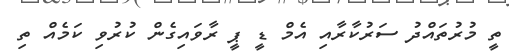
ތީ މުރުތައްދު ސަރުކާރާއި އެމް ޑީ ޕީ ރާވައިގެން ކުރުވި ކަމެއް ތި